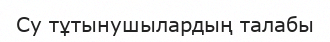
Су тұтынушылардың талабы